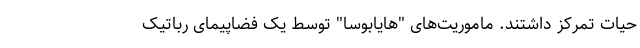
حیات تمرکز داشتند. ماموریت‌های "هایابوسا" توسط یک فضاپیمای رباتیک